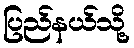
ပြည်နယ်သို့